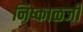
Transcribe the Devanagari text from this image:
निष्काळजी